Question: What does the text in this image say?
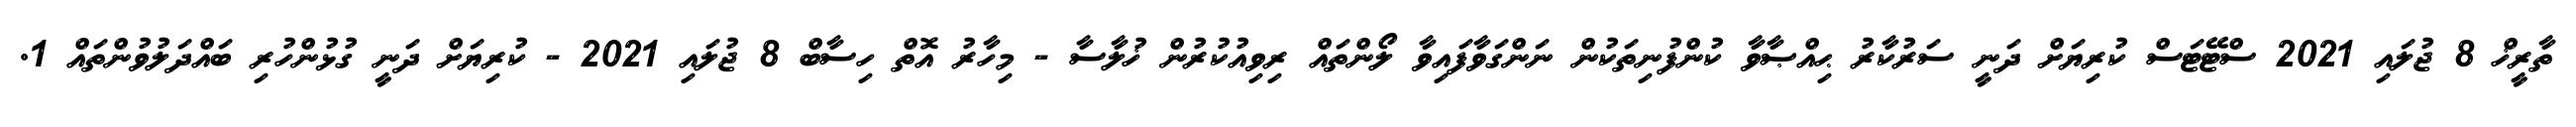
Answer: ތާރީޚް 8 ޖުލައި 2021 ސްޓޭޓަސް ކުރިޔަށް ދަނީ ސަރުކާރު ޙިއްޞާވާ ކުންފުނިތަކުން ނަންގަވާފައިވާ ލޯންތައް ރިވިއުކުރުން ޚުލާސާ - މިހާރު އޮތް ހިސާބް 8 ޖުލައި 2021 - ކުރިޔަށް ދަނީ ގުޅުންހުރި ބައްދަލުވުންތައް 1.